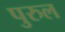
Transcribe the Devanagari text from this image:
पुरुल